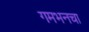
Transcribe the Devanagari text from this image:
गमभनचा